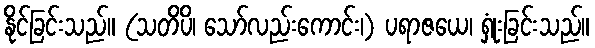
နိုင်ခြင်းသည်။ (သတိပိ၊ သော်လည်းကောင်း၊) ပရာဇယေ၊ ရှုံးခြင်းသည်။